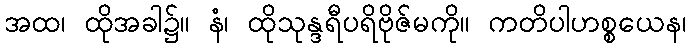
အထ၊ ထိုအခါ၌။ နံ၊ ထိုသုန္ဒရီပရိဗိုဇ်မကို။ ကတိပါဟစ္စယေန၊